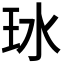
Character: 𬍖